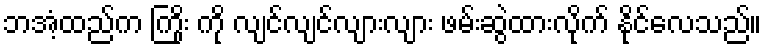
ဘအံ့ထည်က ကြိုး ကို လျင်လျင်လျားလျား ဖမ်းဆွဲထားလိုက် နိုင်လေသည်။